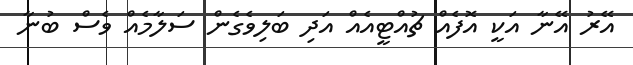
އޭރު އޭނާ އަކީ އޮފެއް ޗުއްޓީއެއް އަދި ބަލިވެގެން ސަލާމެއް ވެސް ބުނާ